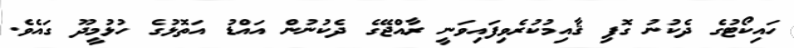
ހައިކޯޓުގެ ދެކުނު ގޮފި ޤާއިމުކުރެވިފައިވަނީ ރާއްޖޭގެ ދެކުނުން އައްޑު އަތޮޅުގެ ހުޅުމީދޫ ގައެވެ.